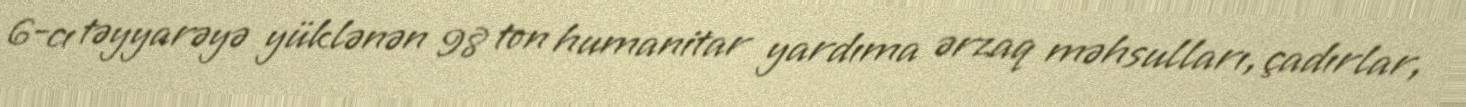
6-cı təyyarəyə yüklənən 98 ton humanitar yardıma ərzaq məhsulları, çadırlar,